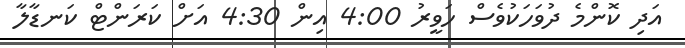
އަދި ކޮންމެ ދުވަހަކުވެސް ހަވީރު 4:00 އިން 4:30 އަށް ކަރަންޓް ކަނޑާލާ